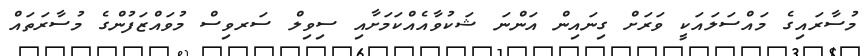
މުސާރައިގެ މައްސަލައަކީ ވަރަށް ގިނައިން އަންނަ ޝަކުވާއެއްކަމަށާއި ސިވިލް ސަރވިސް މުވައްޒަފުންގެ މުސާރަތައް